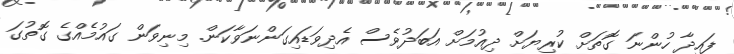
ފައިދާ ހުންނަ ގޮތަށް ކުރިޔަށް ދިއުމަށް އަބަދުވެސް އެދިވަޑައިގަންނަވާކަން. މިނިވަން ގައުމެއްގެ ގޮތުގަ